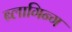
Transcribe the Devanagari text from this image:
ब्लागिन्ग